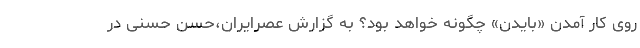
روی کار آمدن «بایدن» چگونه خواهد بود؟ به گزارش عصرایران،حسن حسنی در